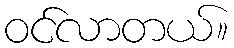
ဝင်လာတယ်။